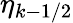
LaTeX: \eta_{k-1/2}